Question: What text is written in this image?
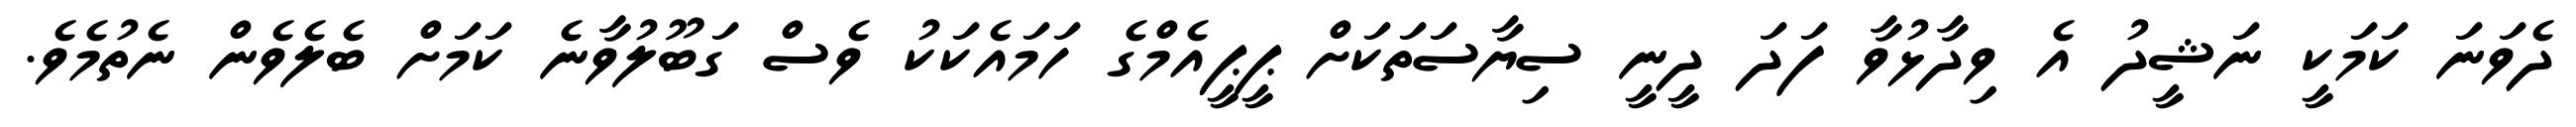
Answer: ދެވަނަ ކަމަކީ ނަޝީދު އެ ވިދާޅުވާ ފަދަ ދީނީ ސިޔާސަތަކަށް ޕީޕީއެމްގެ ހަމައެކަކު ވެސް ގަބޫލުވާނެ ކަމަށް ބެލެވެން ނެތުމެވެ.